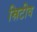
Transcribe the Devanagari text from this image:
स्रिटीव